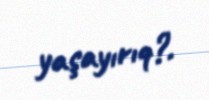
yaşayırıq?.